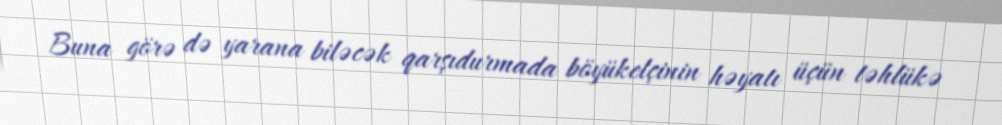
Buna görə də yarana biləcək qarşıdurmada böyükelçinin həyatı üçün təhlükə